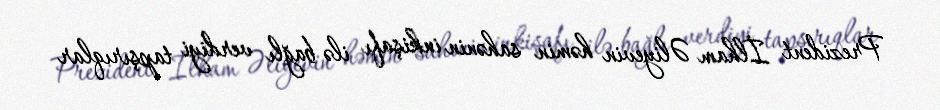
Prezident İlham Əliyevin həmin sahənin inkişafı ilə bağlı verdiyi tapşırıqlar